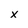
Character: x